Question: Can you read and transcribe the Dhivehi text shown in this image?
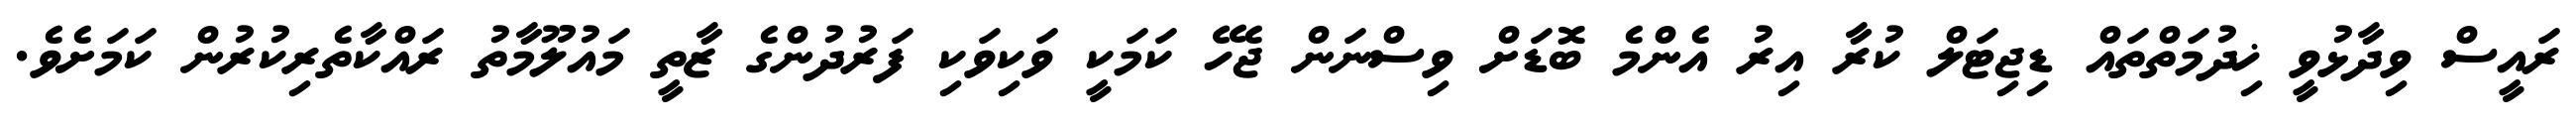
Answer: ރައީސް ވިދާޅުވީ ޚިދުމަތްތައް ޑިޖިޓަލް ކުރާ އިރު އެންމެ ބޮޑަށް ވިސްނަން ޖެހޭ ކަމަކީ ވަކިވަކި ފަރުދުންގެ ޒާތީ މައުލޫމާތު ރައްކާތެރިކުރުން ކަމަށެވެ.